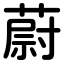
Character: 蔚